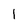
Character: I